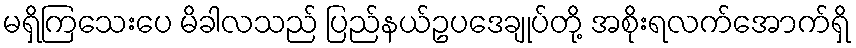
မရှိကြသေးပေ မိခါလသည် ပြည်နယ်ဥပဒေချုပ်တို့ အစိုးရလက်အောက်ရှိ